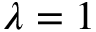
\lambda = 1